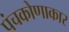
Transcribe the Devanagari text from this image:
पंचकोणाकार